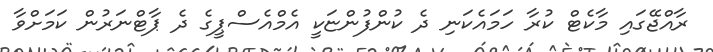
ރާއްޖޭގައި މާކެޓް ކުރާ ހަމައެކަނި ދެ ކުންފުންޏަކީ އެމްއެސްޕީގެ ދެ ޕާޓްނަރުން ކަމަށްވާ